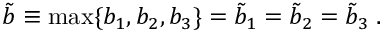
\tilde { b } \equiv \mathrm { m a x } \{ b _ { 1 } , b _ { 2 } , b _ { 3 } \} = \tilde { b } _ { 1 } = \tilde { b } _ { 2 } = \tilde { b } _ { 3 } \; .